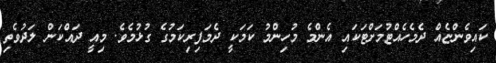
ކައިވެންޏެއް ދެމެހެއްޓުމަށްޓަކައި އެންމެ މުހިންމު ކަމަކީ ދެމަފިރިކަމުގެ ގުޅުމެވެ. މިއީ ދައްކަން ލަދުވެތި